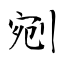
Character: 剜